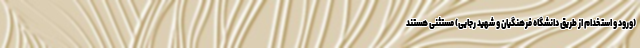
(ورود و استخدام از طریق دانشگاه فرهنگیان و شهید رجایی) مستثنی هستند